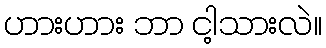
ဟားဟား ဘာ ငါ့သားလဲ။